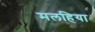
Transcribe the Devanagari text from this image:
मलहिया